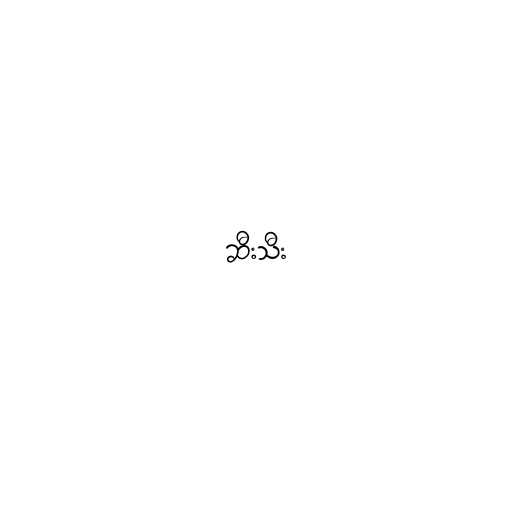
ဆီးသီး